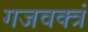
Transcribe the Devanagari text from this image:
गजवक्त्रं